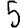
Digit: 5